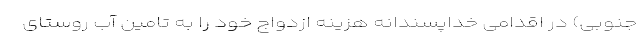
جنوبی) در اقدامی خداپسندانه هزینه ازدواج خود را به تامین آب روستای